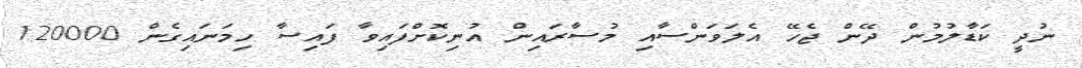
ނުދީ ކަޑާލުމުން ދޭން ޖެހޭ އެލަވަންސާއި މުސާރައިން އުނިކޮށްފައިވާ ފައިސާ ހިމަނައިގެން 120000